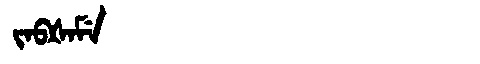
Manchu: ᠵᠠᠪᡧᠠᠮᡝ
Romanization: JABŠAME